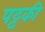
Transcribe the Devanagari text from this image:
पट्टकी